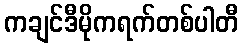
ကချင်ဒီမိုကရက်တစ်ပါတီ